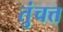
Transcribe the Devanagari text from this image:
तुंचत्त